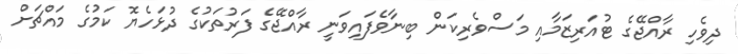
ދިވެހި ރާއްޖޭގެ ޓުއަރިޒަމާއި މަސްވެރިކަން ބިނާވެފައިވަނީ ރާއްޖޭގެ ފަރުތަކުގެ ދުޅަހެޔޮ ކަމުގެ މައްޗަށް